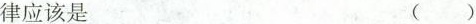
律应该是 ()